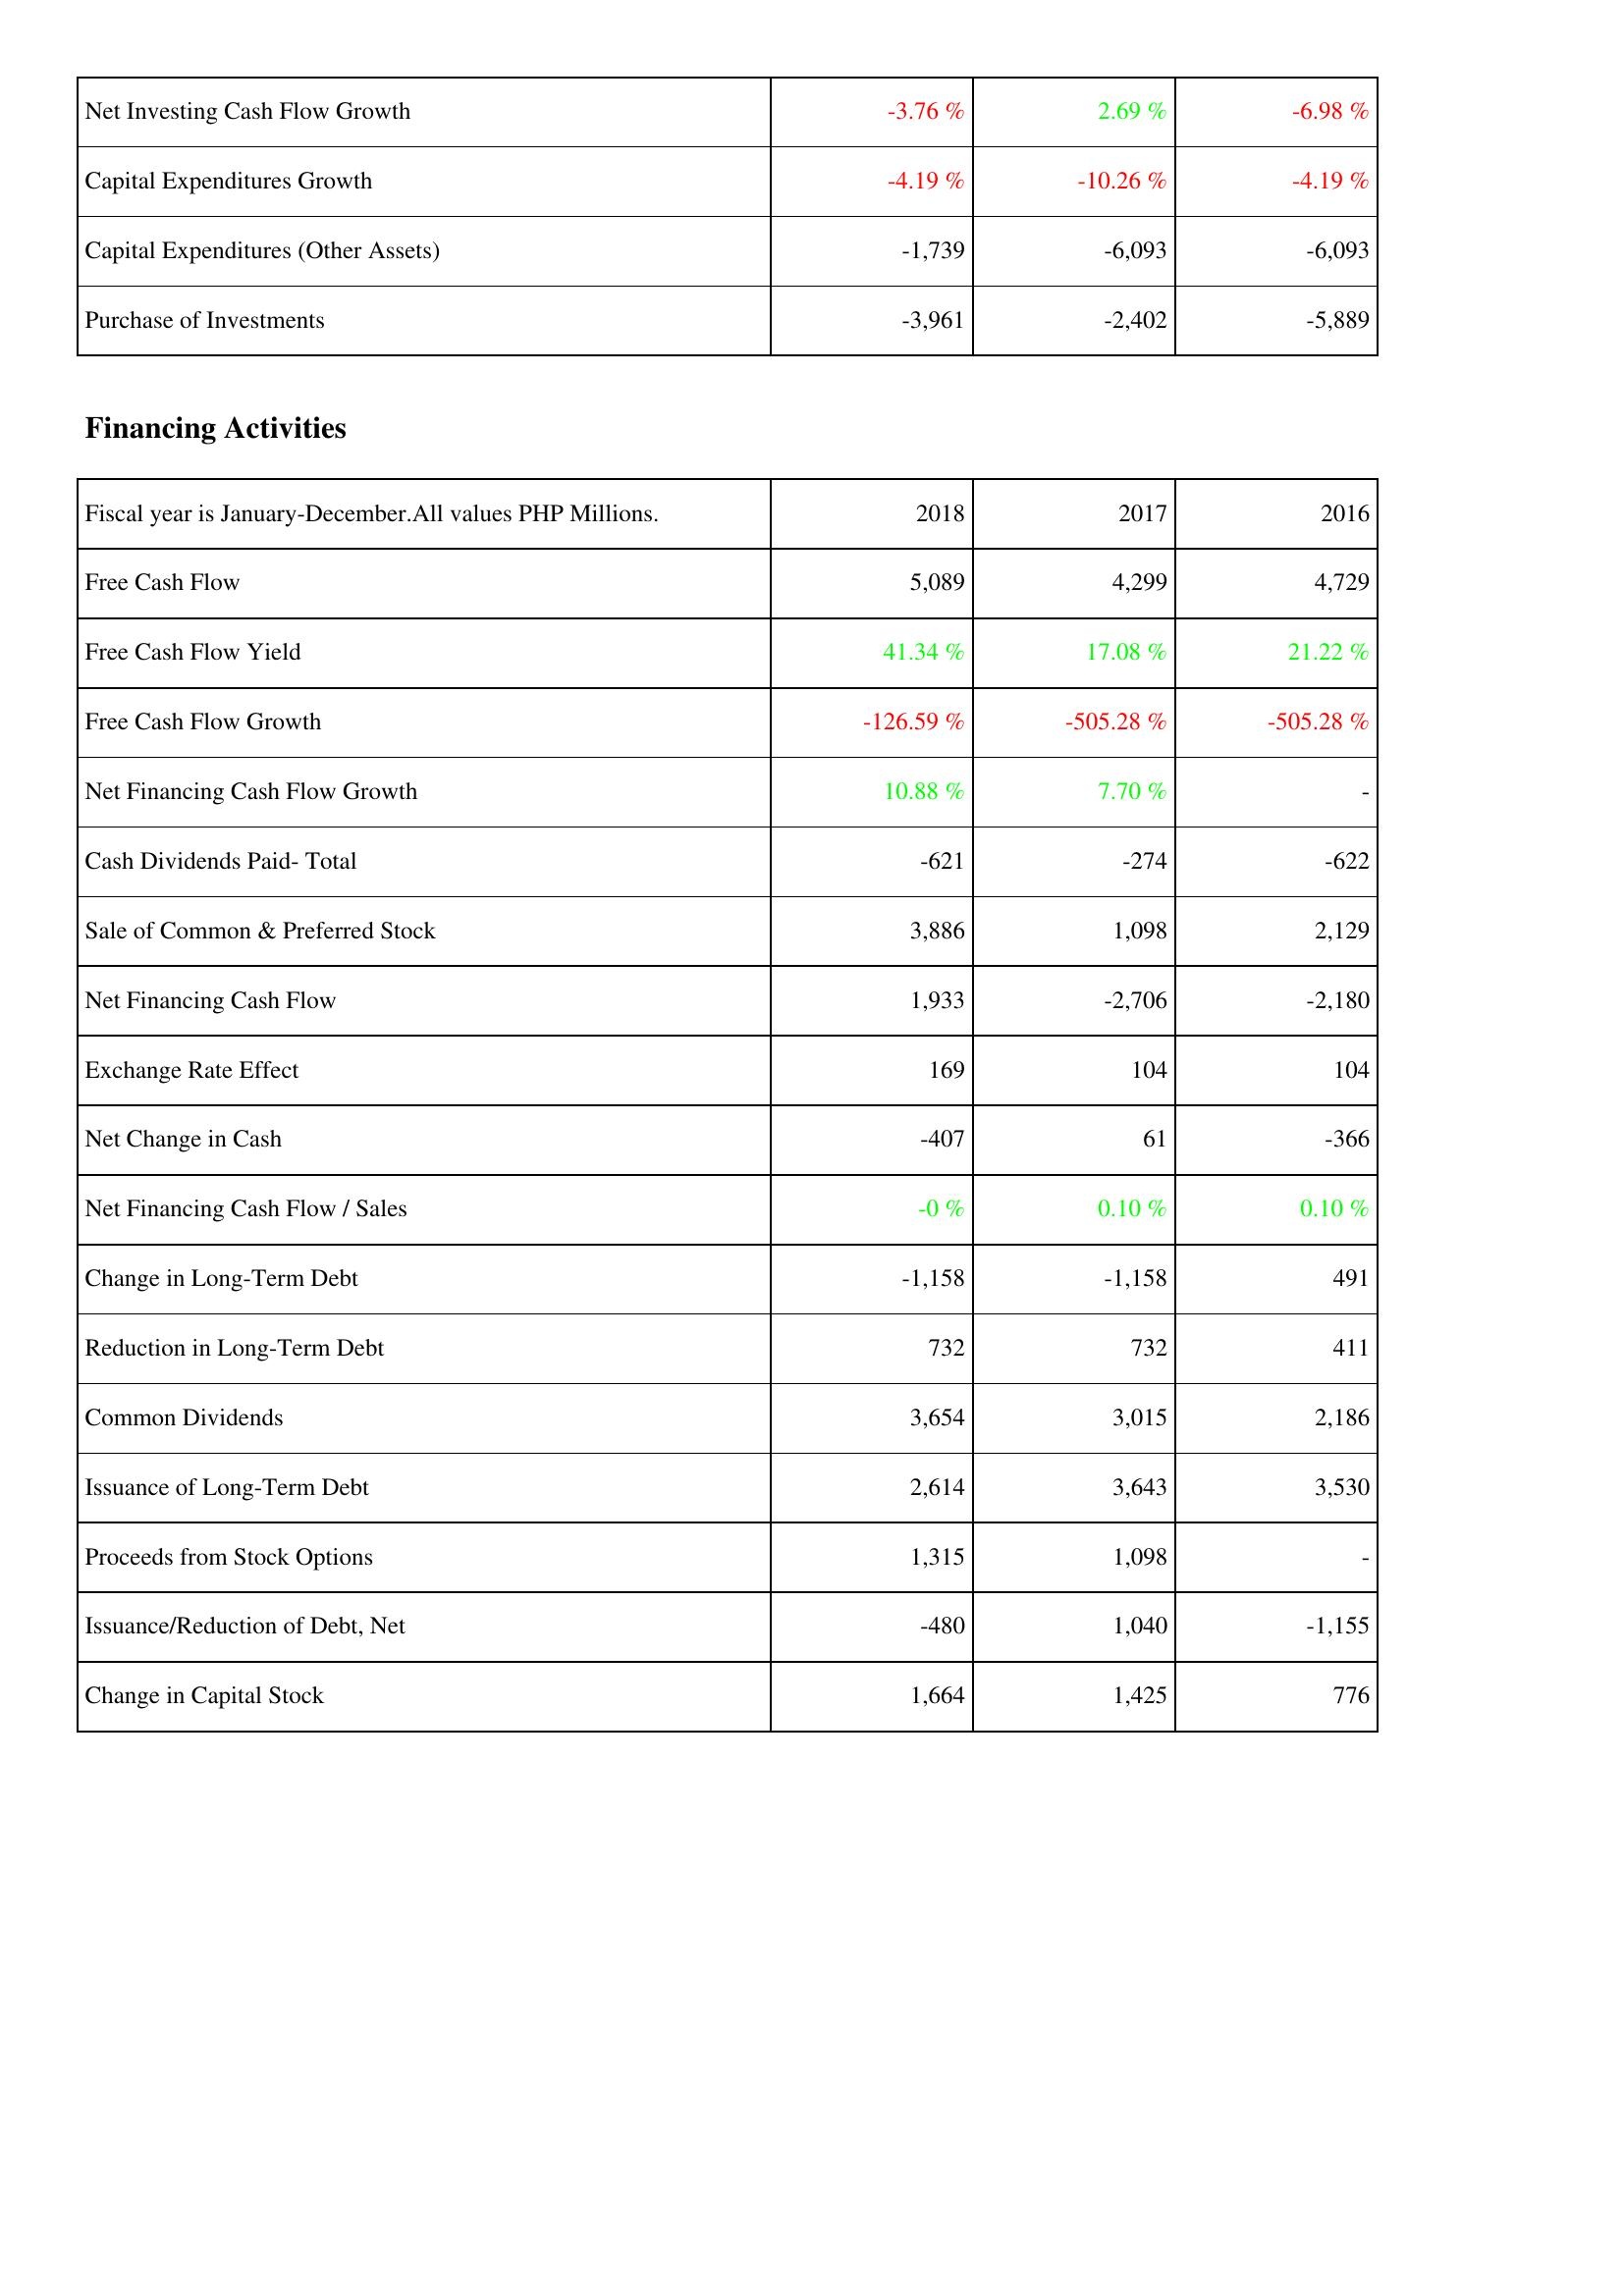
2018: Investing Activities: Net Investing Cash Flow Growth: -3.76 %
Capital Expenditures Growth: -4.19 %
Capital Expenditures (Other Assets): -1,739
Purchase of Investments: -3,961
Financing Activities: Free Cash Flow: 5,089
Free Cash Flow Yield: 41.34 %
Free Cash Flow Growth: -126.59 %
Net Financing Cash Flow Growth: 10.88 %
Cash Dividends Paid- Total: -621
Sale of Common & Preferred Stock: 3,886
Net Financing Cash Flow: 1,933
Exchange Rate Effect: 169
Net Change in Cash: -407
Net Financing Cash Flow / Sales: -0 %
Change in Long-Term Debt: -1,158
Reduction in Long-Term Debt: 732
Common Dividends: 3,654
Issuance of Long-Term Debt: 2,614
Proceeds from Stock Options: 1,315
Issuance/Reduction of Debt, Net: -480
Change in Capital Stock: 1,664
2017: Investing Activities: Net Investing Cash Flow Growth: 2.69 %
Capital Expenditures Growth: -10.26 %
Capital Expenditures (Other Assets): -6,093
Purchase of Investments: -2,402
Financing Activities: Free Cash Flow: 4,299
Free Cash Flow Yield: 17.08 %
Free Cash Flow Growth: -505.28 %
Net Financing Cash Flow Growth: 7.70 %
Cash Dividends Paid- Total: -274
Sale of Common & Preferred Stock: 1,098
Net Financing Cash Flow: -2,706
Exchange Rate Effect: 104
Net Change in Cash: 61
Net Financing Cash Flow / Sales: 0.10 %
Change in Long-Term Debt: -1,158
Reduction in Long-Term Debt: 732
Common Dividends: 3,015
Issuance of Long-Term Debt: 3,643
Proceeds from Stock Options: 1,098
Issuance/Reduction of Debt, Net: 1,040
Change in Capital Stock: 1,425
2016: Investing Activities: Net Investing Cash Flow Growth: -6.98 %
Capital Expenditures Growth: -4.19 %
Capital Expenditures (Other Assets): -6,093
Purchase of Investments: -5,889
Financing Activities: Free Cash Flow: 4,729
Free Cash Flow Yield: 21.22 %
Free Cash Flow Growth: -505.28 %
Net Financing Cash Flow Growth: -
Cash Dividends Paid- Total: -622
Sale of Common & Preferred Stock: 2,129
Net Financing Cash Flow: -2,180
Exchange Rate Effect: 104
Net Change in Cash: -366
Net Financing Cash Flow / Sales: 0.10 %
Change in Long-Term Debt: 491
Reduction in Long-Term Debt: 411
Common Dividends: 2,186
Issuance of Long-Term Debt: 3,530
Proceeds from Stock Options: -
Issuance/Reduction of Debt, Net: -1,155
Change in Capital Stock: 776